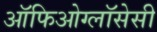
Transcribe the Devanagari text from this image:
ऑफिओग्लॉसेसी